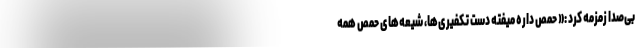
بی‌صدا زمزمه کرد :« حمص داره میفته دست تکفیری‌ها، شیعه‌های حمص همه